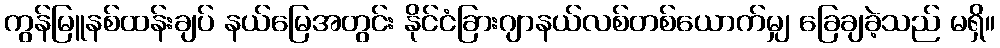
ကွန်မြူနစ်ထန်းချပ် နယ်မြေအတွင်း နိုင်ငံခြားဂျာနယ်လစ်တစ်ယောက်မျှ ခြေချခဲ့သည် မရှိ။